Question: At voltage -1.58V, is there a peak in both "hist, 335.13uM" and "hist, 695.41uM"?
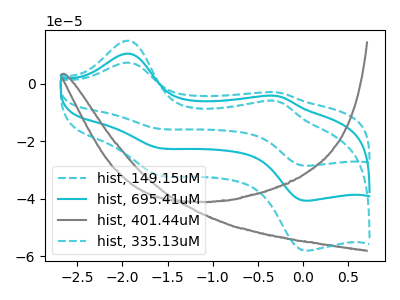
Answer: <think>The cyan dashed curve "hist, 149.15uM" has anodic peaks at (-1.95V, 21.05uA) (-0.30V, -8.45uA) and cathodic peaks at (-1.60V, -44.70uA) (0.05V, -81.35uA). The cyan curve "hist, 695.41uM" has anodic peaks at (-1.95V, 10.55uA) (-0.30V, -4.25uA) and cathodic peaks at (-1.60V, -22.35uA) (0.05V, -40.70uA). The gray curve "hist, 401.44uM" has no peaks. The cyan dashed curve "hist, 335.13uM" has anodic peaks at (-1.95V, 15.00uA) (-0.30V, -6.05uA) and cathodic peaks at (-1.60V, -31.90uA) (0.05V, -58.05uA).</think>
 <answer>Yes, "hist, 335.13uM" and "hist, 695.41uM" share a peak at -1.58V.</answer>
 <eval>match</eval>